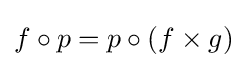
f\circ p=p\circ (f\times g)